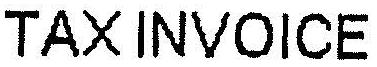
TAX INVOICE